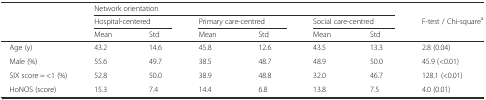
|  | <COLSPAN=6> Network orientation |  |
 |  | <COLSPAN=2> Hospital-centered | <COLSPAN=2> Primary care-centred | <COLSPAN=2> Social care-centred | F-test / Chi-squarea |
 |  | Mean | Std | Mean | Std | Mean | Std |  |
 | --- | --- | --- | --- | --- | --- | --- | --- |
 | Age (y) | 43.2 | 14.6 | 45.8 | 12.6 | 43.5 | 13.3 | 2.8 (0.04) |
 | Male (%) | 55.6 | 49.7 | 38.5 | 48.7 | 48.9 | 50.0 | 45.9 (<0.01) |
 | SIX score = <1 (%) | 52.8 | 50.0 | 38.9 | 48.8 | 32.0 | 46.7 | 128.1 (<0.01) |
 | HoNOS (score) | 15.3 | 7.4 | 14.4 | 6.8 | 13.8 | 7.5 | 4.0 (0.01) |